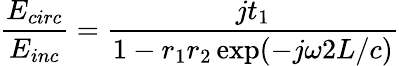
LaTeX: \frac{E_{circ}}{E_{inc}}=\frac{jt_{1}}{1-r_{1}r_{2}\exp(-j\omega 2L/c)}